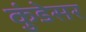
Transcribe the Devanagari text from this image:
कुंडेसर